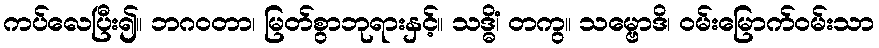
ကပ်လေပြီး၍။ ဘဂဝတာ၊ မြတ်စွာဘုရားနှင့်။ သဒ္ဓိံ၊ တကွ။ သမ္ဗောဒိ၊ ဝမ်းမြောက်ဝမ်းသာ